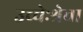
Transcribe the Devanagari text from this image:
उच्चेःश्रेवा